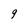
Character: 9